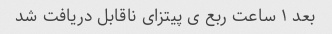
بعد ۱ ساعت ربع ی پیتزای ناقابل دریافت شد